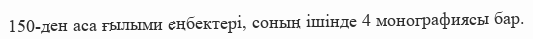
150-ден аса ғылыми еңбектері, соның ішінде 4 монографиясы бар.